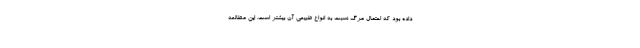
داده بود که احتمال مرگ نسبت به انواع طبیعی آن بیشتر است. این مطالعه